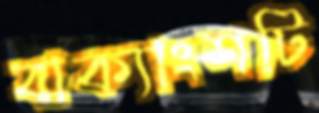
বাক্যাংশটি